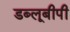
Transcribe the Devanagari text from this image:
डब्लूबीपी